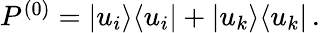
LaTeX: \begin{array}{r}{P^{(0)}=|u_{i}\rangle\langle u_{i}|+|u_{k}\rangle\langle u_{k}|\, .}\end{array}